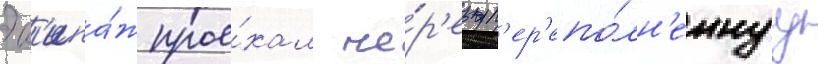
Эк'ипа́ж прое́хал че́р'ез п'ер'епо́лн'еннуу